Vaccination in Bombay 1889-1901 - 1889-1901
Year: 1889
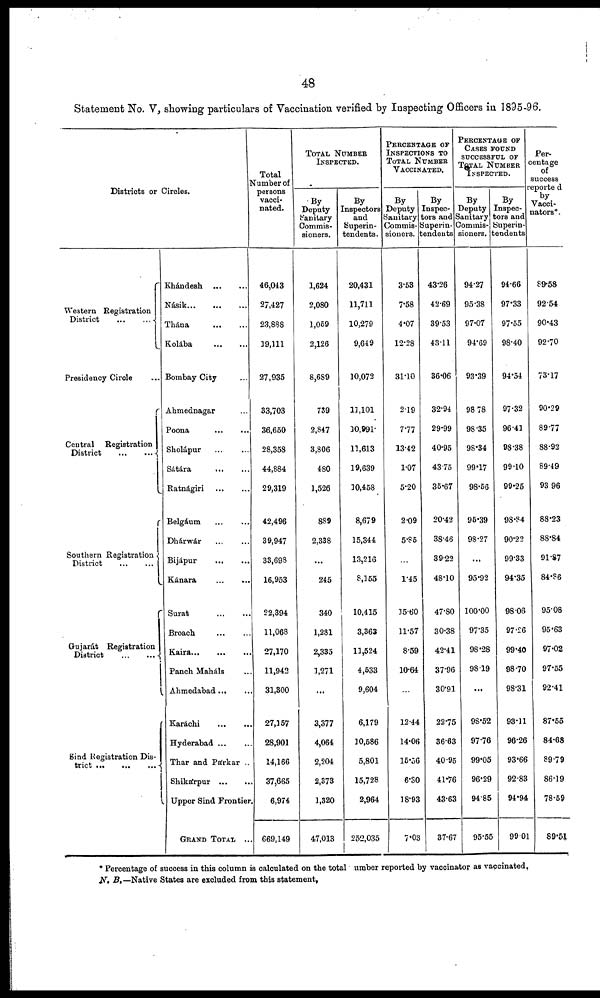
48
Statement No. V, showing particulars of Vaccination verified by Inspecting Officers in 1895-96.
Districts or Circles.
Western Registration
District
...
...
Presidency Circle ...
Central Registration
District
...
...
Southern Registration
District
...
...
Gujarát Registration
District
...
...
Sind Registration Dis-
trict
...
...
...
Khándesh
...
...
Násik...
...
...
Thána...
...
Kolába
...
...
Bombay City ...
Ahmednagar ...
Poona...
...
Sholápur
...
...
Sátára
...
...
Ratnágiri...
...
Belgáum
...
...
Dhárwár
...
...
Bijápur
...
...
Kánara ... ...
Surat...
...
Broach
...
...
Kaira... ... ...
Panch Maháls ...
Ahmedabad...
...
Karáchi
...
...
Hyderabad...
...
Thar and Párkar ..
Shikárpur...
...
Upper Sind Frontier.
GRAND TOTAL ...
Total
Number of
persons
vacci-
nated.
46,043
27,427
23,888
19,111
27,935
33,703
36,650
28,358
44,884
29,319
42,496
39,947
33,698
16,953
22,394
11,063
27,170
11,942
31,300
27,157
28,901
14,166
37,665
6,974
669,149
TOTAL NUMBER
INSPECTED.
By
Deputy
Sanitary
Commis-
sioners.
1,624
2,080
1,059
2,126
8,689
739
2,847
3,806
480
1,526
889
2,338
...
245
340
1,281
2,335
1,271
...
3,377
4,064
2,204
2,373
1,320
47,013
By
Inspectors
and
Superin-
tendents.
20,431
11,711
10,279
9,649
10,072
11,101
10,991
11,613
19,639
10,458
8,679
15,344
13,216
8,155
10,415
3,363
11,524
4,533
9,604
6,179
10,586
5,801
15,728
2,964
252,035
PERCENTAGE OF
INSPECTIONS TO
TOTAL NUMBER
VACCINATED.
By
Deputy
Sanitary
Commis-
sioners.
3.53
7.58
4.07
12.28
31.10
2.19
7.77
13.42
1.07
5.20
2.09
5.85
...
1.45
15.60
11.57
8.59
10.64
...
12.44
14.06
15.56
6.30
18.93
7.03
By
Inspec-
tors and
Superin-
tendents
43.26
42.69
39.53
43.11
36.06
32.94
29.99
40.95
43.75
35.67
20.42
38.46
39.22
48.10
47.80
30.38
42.41
37.96
30.91
22.75
36.63
40.95
41.76
43.63
37.67
PERCENTAGE OF
CASES FOUND
SUCCESSFUL OF
TOTAL NUMBER
INSPECTED.
By
Deputy
Sanitary
Commis-
sioners.
94.27
95.38
97.07
94.69
93.39
98.78
98.35
98.34
99.17
98.56
95.39
98.27
...
95.92
100.00
97.35
98.28
98.19
...
98.52
97.76
99.05
96.29
94.85
95.55
By
Inspec-
tors and
Superin-
tendents
94.66
97.33
97.55
98.40
94.54
97.32
96.41
98.38
99.10
99.25
98.84
90.22
99.33
94.35
98.06
97.26
99.40
98.70
98.31
93.11
96.26
93.66
92.83
94.94
99.01
Per-
centage
of
success
reported
by
Vacci¬
nators*.
89.58
92.54
90.43
92.70
73.17
90.29
89.77
88.92
89.49
93.96
88.23
88.84
91.87
84.86
95.08
95.63
97.02
97.55
92.41
87.55
84.68
89.79
86.19
78.59
89.51
* Percentage of success in this column is calculated on the total number reported by vaccinator as vaccinated.
N. B.— Native States are excluded from this statement.